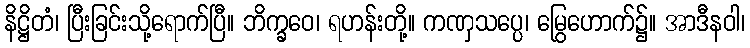
နိဋ္ဌိတံ၊ ပြီးခြင်းသို့ရောက်ပြီ။ ဘိက္ခဝေ၊ ရဟန်းတို့။ ကဏှသပ္ပေ၊ မြွေဟောက်၌။ အာဒီနဝါ၊